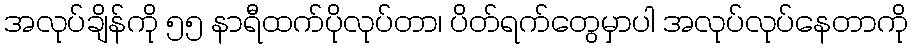
အလုပ်ချိန်ကို ၅၅ နာရီထက်ပိုလုပ်တာ၊ ပိတ်ရက်တွေမှာပါ အလုပ်လုပ်နေတာကို